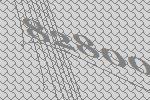
82800